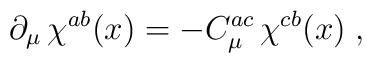
\partial _\mu \,\chi ^{ab}(x)=-C_\mu ^{ac}\,\chi^{cb}(x)\;,